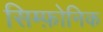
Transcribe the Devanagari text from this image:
सिम्फ़ोनिक